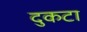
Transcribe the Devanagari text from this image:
दुकटा